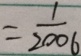
= \frac { 1 } { 2 0 0 6 }